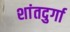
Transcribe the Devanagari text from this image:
शांतदुर्गा